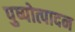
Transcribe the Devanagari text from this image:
पुष्पोत्पादन